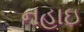
નહાઇ